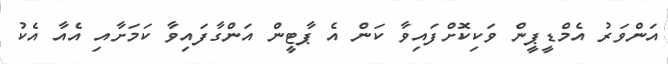
އަންވަރު އެމްޑީޕީން ވަކިކޮށްފައިވާ ކަން އެ ޕާޓީން އަންގާފައިވާ ކަމަށާއި އެއާ އެކު